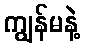
ကျွန်မနဲ့